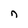
Character: n